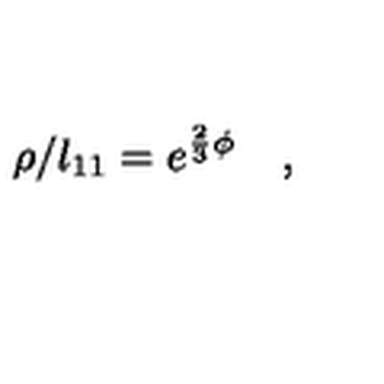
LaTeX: \rho / l _ { 1 1 } = e ^ { \frac { 2 } { 3 } \phi } \quad ,